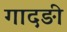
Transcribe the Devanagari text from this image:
गादङी